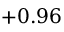
+ 0 . 9 6